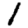
Digit: 1